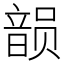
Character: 𱂐